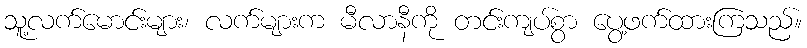
သူ့လက်မောင်းများ၊ လက်များက မီလာနီကို တင်းကျပ်စွာ ပွေ့ဖက်ထားကြသည်။